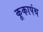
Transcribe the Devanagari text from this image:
कूकापंथ